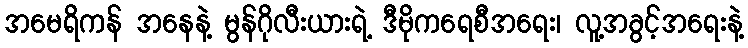
အမေရိကန် အနေနဲ့ မွန်ဂိုလီးယားရဲ့ ဒီမိုကရေစီအရေး၊ လူ့အခွင့်အရေးနဲ့